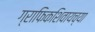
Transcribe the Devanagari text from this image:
ग्राफिकशिवायच्या